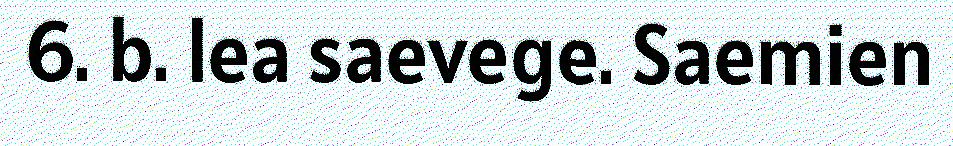
6. b. lea saevege. Saemien